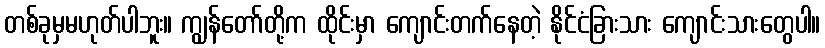
တစ်ခုမှမဟုတ်ပါဘူး။ ကျွန်တော်တို့က ထိုင်းမှာ ကျောင်းတက်နေတဲ့ နိုင်ငံခြားသား ကျောင်းသားတွေပါ။